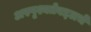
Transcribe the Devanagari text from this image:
अस्पृश्यतेबद्दलचे